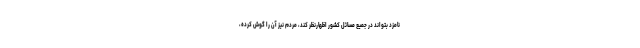
نامزد بتواند در جمیع مسائل کشور اظهارنظر کند، مردم نیز آن را گوش کرده،